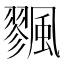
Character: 𩘷